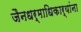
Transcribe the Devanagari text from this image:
जैनधर्माधिकार्‍यांना